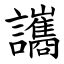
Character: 讗